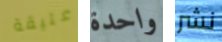
عتيقة واحدة نشر